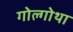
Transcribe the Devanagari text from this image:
गोल्गोथा